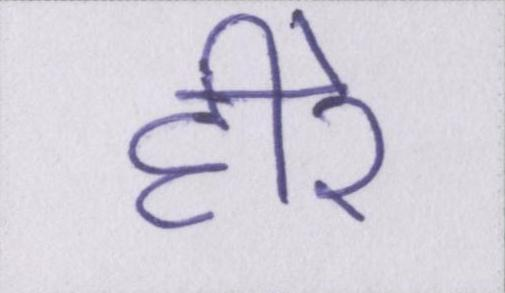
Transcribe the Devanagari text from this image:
हीरे